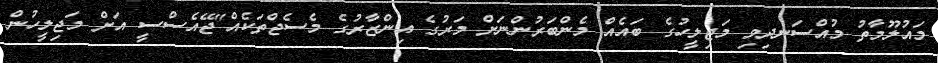
މައުލޫމާތު މުއްސަނދިވި މަޖިލީހުގެ ބައެއް މެންބަރުންނަށް މަރުގެ އިންޒާރުގެ މެސެޖްތަކެއް"ޖޭއެސްސީ އަށް މަޖިލީހުން